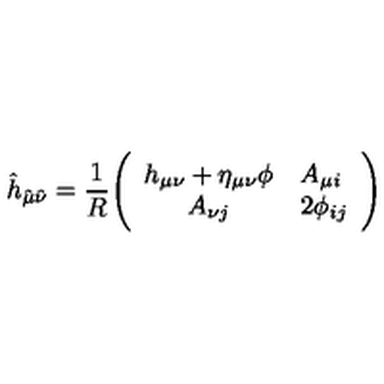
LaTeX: { \hat { h } } _ { { \hat { \mu } } { \hat { \nu } } } = { \frac { 1 } { R } } \Bigg ( \begin{array} { c l } { h _ { \mu \nu } + \eta _ { \mu \nu } \phi } & { A _ { \mu i } } \\ { A _ { \nu j } } & { 2 \phi _ { i j } } \\ \end{array} \Bigg )